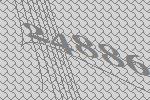
24886